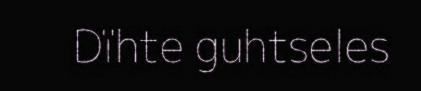
Dïhte guhtseles